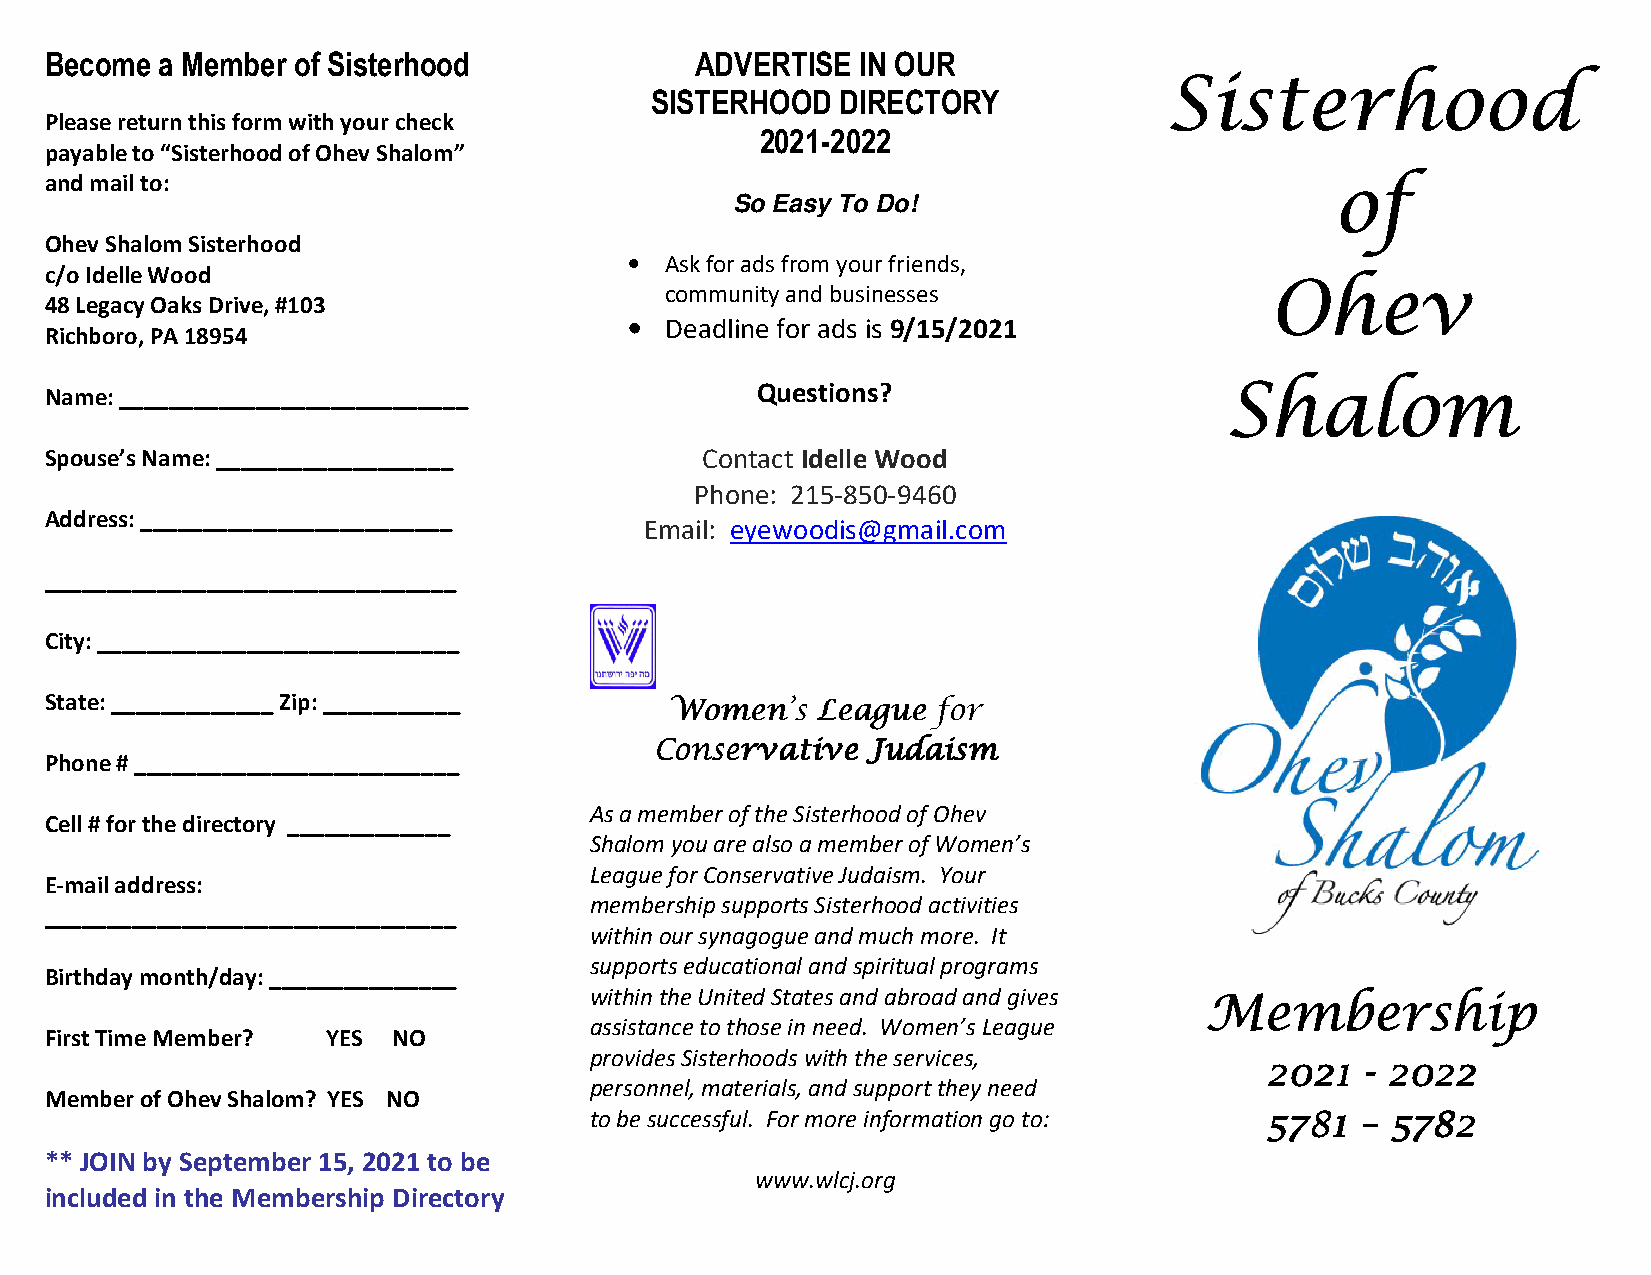
Become  a Member of Sisterhood             ADVERTISE  IN OUR
 SISTERHOOD   DIRECTORY
 SSSSiiiisssstttteeeerrrrhhhhoooooooodddd
 Please return this form with your check
 2021-2022
 payable to “Sisterhood of Ohev Shalom”
 and mail to:
 ooooffff
 So Easy To Do!
 Ohev Shalom Sisterhood
 • Ask for ads from your friends,
 c/o Idelle Wood
 community and businesses                OOOOhhhheeeevvvv
 48 Legacy Oaks Drive, #103
 • Deadline for ads is 9/15/2021
 Richboro, PA 18954
 Name: ____________________________             Questions?                     SSSShhhhaaaalllloooommmm
 Spouse’s Name: ___________________         Contact Idelle Wood
 Phone: 215-850-9460
 Address: _________________________
 Email: eyewoodis@gmail.com
 _________________________________
 City: _____________________________
 State: _____________ Zip: ___________
 WWWWoooommmmeeeennnn’’’’ssss LLLLeeeeaaaagggguuuueeee ffffoooorrrr
 CCCCoooonnnnsssseeeerrrrvvvvaaaattttiiiivvvveeee JJJJuuuuddddaaaaiiiissssmmmm
 Phone # __________________________
 As a member of the Sisterhood of Ohev
 Cell # for the directory _____________
 Shalom you are also a member of Women’s
 League for Conservative Judaism. Your
 E-mail address:
 membership supports Sisterhood activities
 _________________________________
 within our synagogue and much more. It
 supports educational and spiritual programs
 Birthday month/day: _______________
 within the United States and abroad and gives
 MMMMeeeemmmmbbbbeeeerrrrsssshhhhiiiipppp
 assistance to those in need. Women’s League
 First Time Member? YES NO
 provides Sisterhoods with the services,
 2222000022221111 ---- 2222000022222222
 personnel, materials, and support they need
 Member of Ohev Shalom? YES NO
 to be successful. For more information go to: 5555777788881111 –––– 5555777788882222
 ** JOIN by September 15, 2021 to be
 www.wlcj.org
 included in the Membership Directory